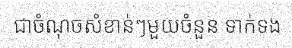
ជាចំណុចសំខាន់ៗមួយចំនួន ទាក់ទង